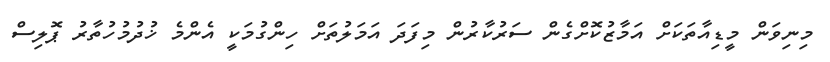
މިނިވަން މީޑިއާތަކަށް އަމާޒުކޮށްގެން ސަރުކާރުން މިފަދަ އަމަލުތަށް ހިންގުމަކީ އެންމެ ޚުދުމުހުތާރު ޕޮލިސް